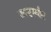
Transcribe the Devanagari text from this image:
जस्टस्वीट